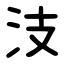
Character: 汥